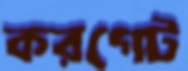
করগেট